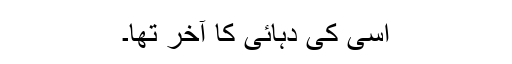
اسی کی دہائی کا آخر تھا۔